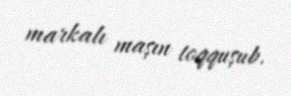
markalı maşın toqquşub.